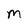
Character: M